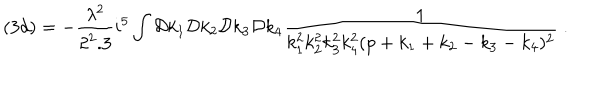
( 3 d ) = - \frac { \lambda ^ { 2 } } { 2 ^ { 2 } . 3 } i ^ { 5 } \int { \cal D } k _ { 1 } { \cal D } k _ { 2 } { \cal D } k _ { 3 } { \cal D } k _ { 4 } \frac { 1 } { k _ { 1 } ^ { 2 } k _ { 2 } ^ { 2 } k _ { 3 } ^ { 2 } k _ { 4 } ^ { 2 } ( p + k _ { 1 } + k _ { 2 } - k _ { 3 } - k _ { 4 } ) ^ { 2 } } \; .